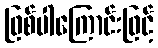
ဖြစ်ပါကြောင်းဖြင့်